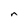
Character: n